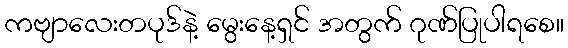
ကဗျာလေးတပုဒ်နဲ့ မွေးနေ့ရှင် အတွက် ဂုဏ်ပြုပါရစေ။